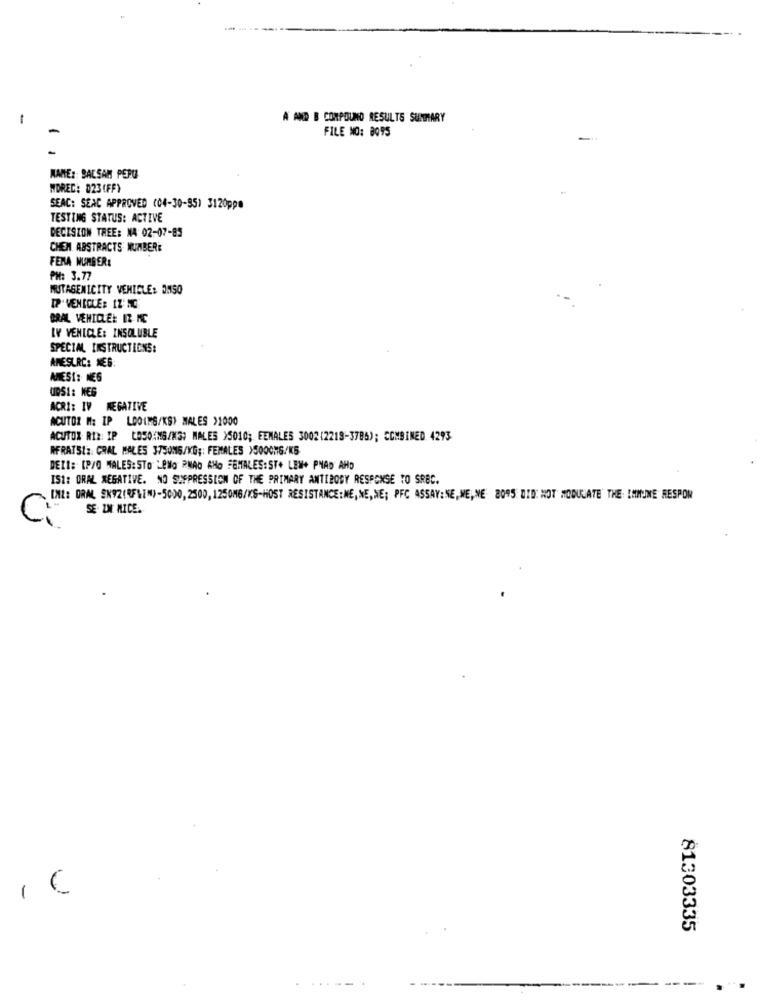
1
A AND B CONPOUND RESULTS SUSTIARY
-
FILE NO: 8095
WANE :: BALSAM PERU
MDRED: 023 (FF)
SEAC: SEAC APPROVED (04-30-35) 3120ppe
TESTING STATUS: ACTIVE
DECISION TREE: NA 02-07-85
CHEN. ABSTRACTS NUMBER:
FENA NUMBER:
PH: 3.77
MUTAGENICITY VEHICLE: DM50
IP. VENIOLE: 1Z' MC
BRAL VEHICLE :: IZ MC
IV VEHICLE: INSOLUBLE
SPECIAL INSTRUCTIONS:
AMESURE: NEG:
AMESI: NEG
UPS !: MEG
ACRI: IV NEGATIVE
ACUTOZ M: IP LOOLMS/KS) MALES >1000
ACUTOX RIX: IP COSO(MG/M3) MALES >5010; FEMALES 3002(2218-3786); COMBINED. 4293
RFRATS !: CRAL MALES 375016/KG ;: FEMALES >5000MG/KG
DEIt: [P/O MALES: STO LONO PMAO ANO FEMALES: ST+ LEW+ PHAD AHD
IS1: ORAL NEGATIVE. NO SUPPRESSION OF THE PRIMARY ANTIBODY RESPONSE TO SREC.
[XZ: ORAL SK92(RFLI")-50>0,2500,1250MG/KS-HOST RESISTANCE:NE, NE,NE; PFC ASSAY:NE, WE,NE: 2095 DID NOT MODULATE THE IMMUNE RESPON
SE- LN NICE.
1C
81303335